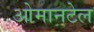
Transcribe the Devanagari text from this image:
ओमानटेल